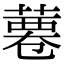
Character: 𦸊